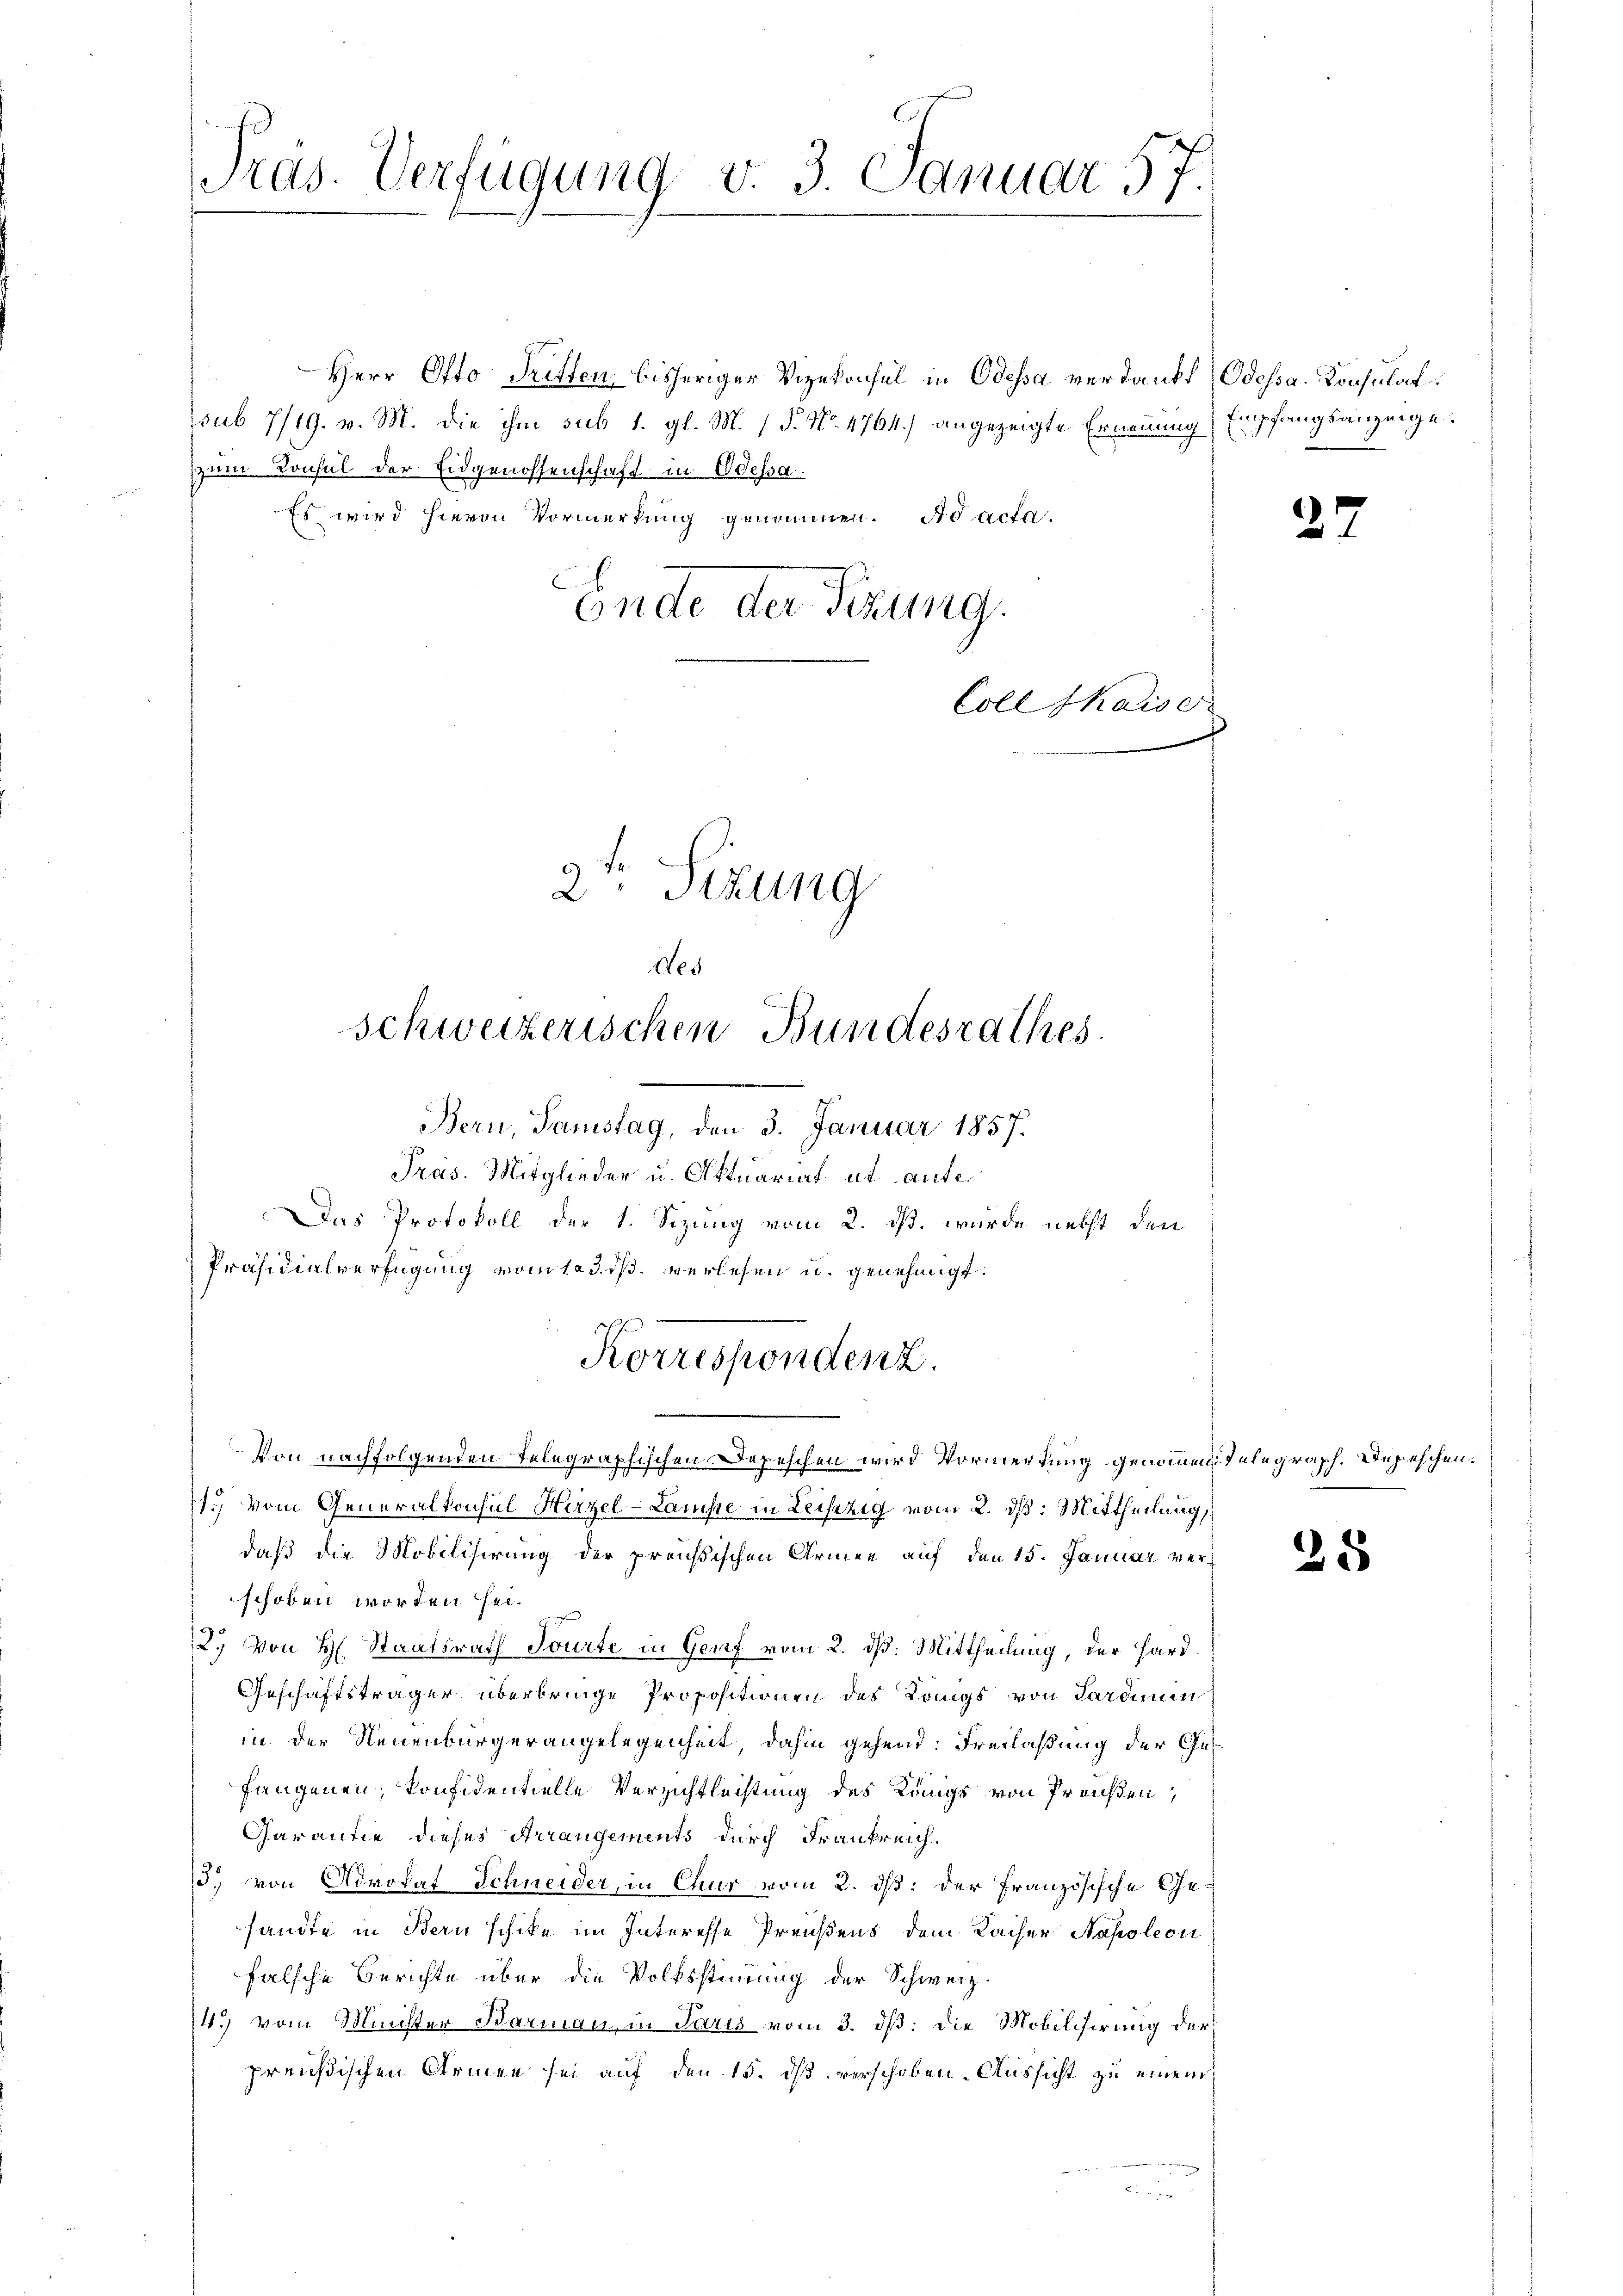
Tras. Verfügung v. 3. Januar 57.

Herr Otto Tritten, bisheriger Vizekonsul in Odessa verdankt Odessa. Konsulat
sub 7/19. v. M. die ihm sub 1. gl. M. 1 P. No. 4764.) angezeigte Ernennung
zum Konsul der Eidgenossenschaft in Odessa
Es wird hievon Vormerkung genommen. Ad acta.
Ende der Fezung.

2. Sitzung
des
schweizerischen Bundesrathes
Bern, Samstag, den 3. Januar 1857.

Coll Kaiser

Präs. Mitglieder u. Aktuariat et ante¬
Das Protokoll der 1. Sizung vom 2. ds. wurde nebst den
Präsidialverfügung vom 103. ds. verlesen u. genehmigt.
1.) Vom Generalkonsul Hirzel-Lamste in Leiszig vom 2. dß: Mittheilung,
daß die Mobilisirung der preußischen Armee auf den 15. Januar verschoben worden sei.
9
2.) Von H. Staatsrath Sourte in Genf vom 2. ds. Mittheilung, der Hard¬
Geschäftsträger überbringe Propositionen des Langs von Sardinin
in der Neuenbürgerangelegenheit, dahin gehend: Freilaßung der Gesfangenen, konfidentielle Verzichtleistung des Königs von Preußen,
Garantie dieses Arrangements durch Frankreich.
15. von Advokat Schneider, in Chur vom 2. dß: der Französische Gesandte in Bern schike im Interesse Preußens dem Kaiser Napoleon
falsche Berichte über die Volksstimmung der Schweiz.
14. vom Minister Barmann, in Paris vom 3. dß: die Mobilisirung der
preußischen Armen sei auf den 15. ds verschoben. Aussicht zu einem

Korrespondenz.
Von nachfolgenden Telegraphischen Depeschen wird Vormerkung genommen Telegraph. Depeschen.

Empfangsanzeige.

2

25